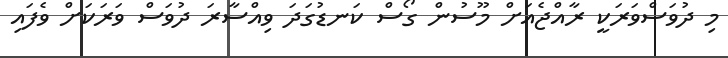
މި ދުވަސްވަރަކީ ރާއްޖެއަށް މޫސުން ގޯސް ކަނޑުގަދަ ވިއްސާރަ ދުވަސް ވަރަކަށް ވެފައި